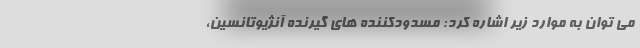
می توان به موارد زیر اشاره کرد: مسدودکننده های گیرنده آنژیوتانسین،